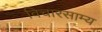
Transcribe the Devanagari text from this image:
विचारसाम्य